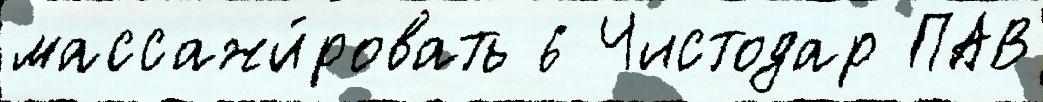
массажи́ровать 6 Чистодар ПАВ